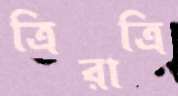
ত্রিরাত্রি